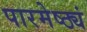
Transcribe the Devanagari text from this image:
पारमेष्ठ्यं